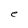
Character: e